Rangoon Lunatic Asylum 1878-1892 - 1878-1892
Year: 1878
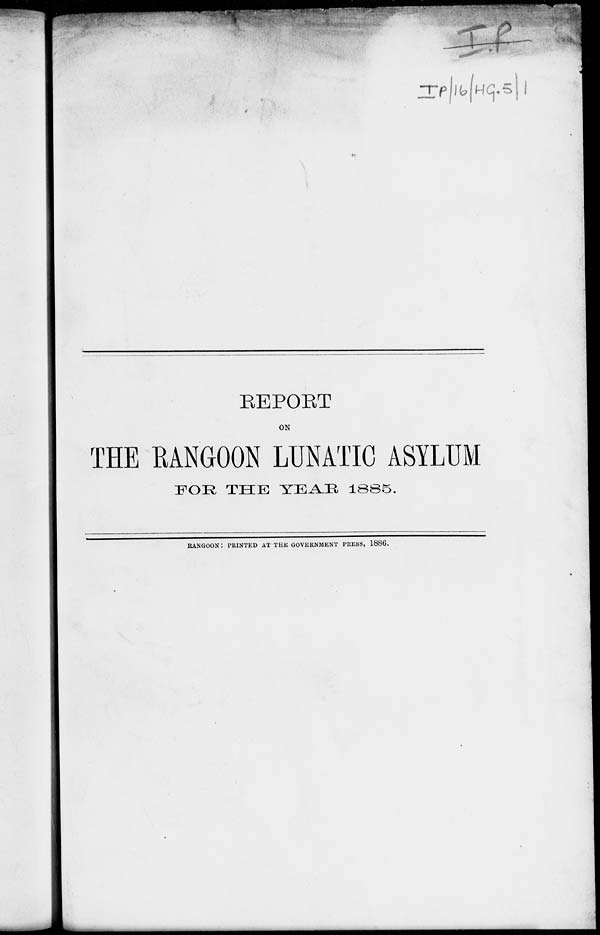
REPORT
ON
THE RANGOON LUNATIC ASYLUM
FOR THE YEAR 1885.
RANGOON: PRINTED AT THE GOVERNMENT PRESS, 1886.